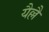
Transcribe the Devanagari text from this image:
यैल्लै